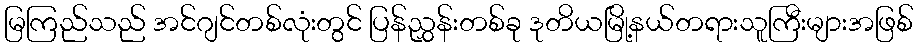
မြကြည်သည် အင်ဂျင်တစ်လုံးတွင် ပြန်ညွှန်းတစ်ခု ဒုတိယမြို့နယ်တရားသူကြီးများအဖြစ်